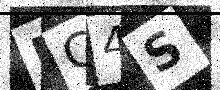
Text: BC4S